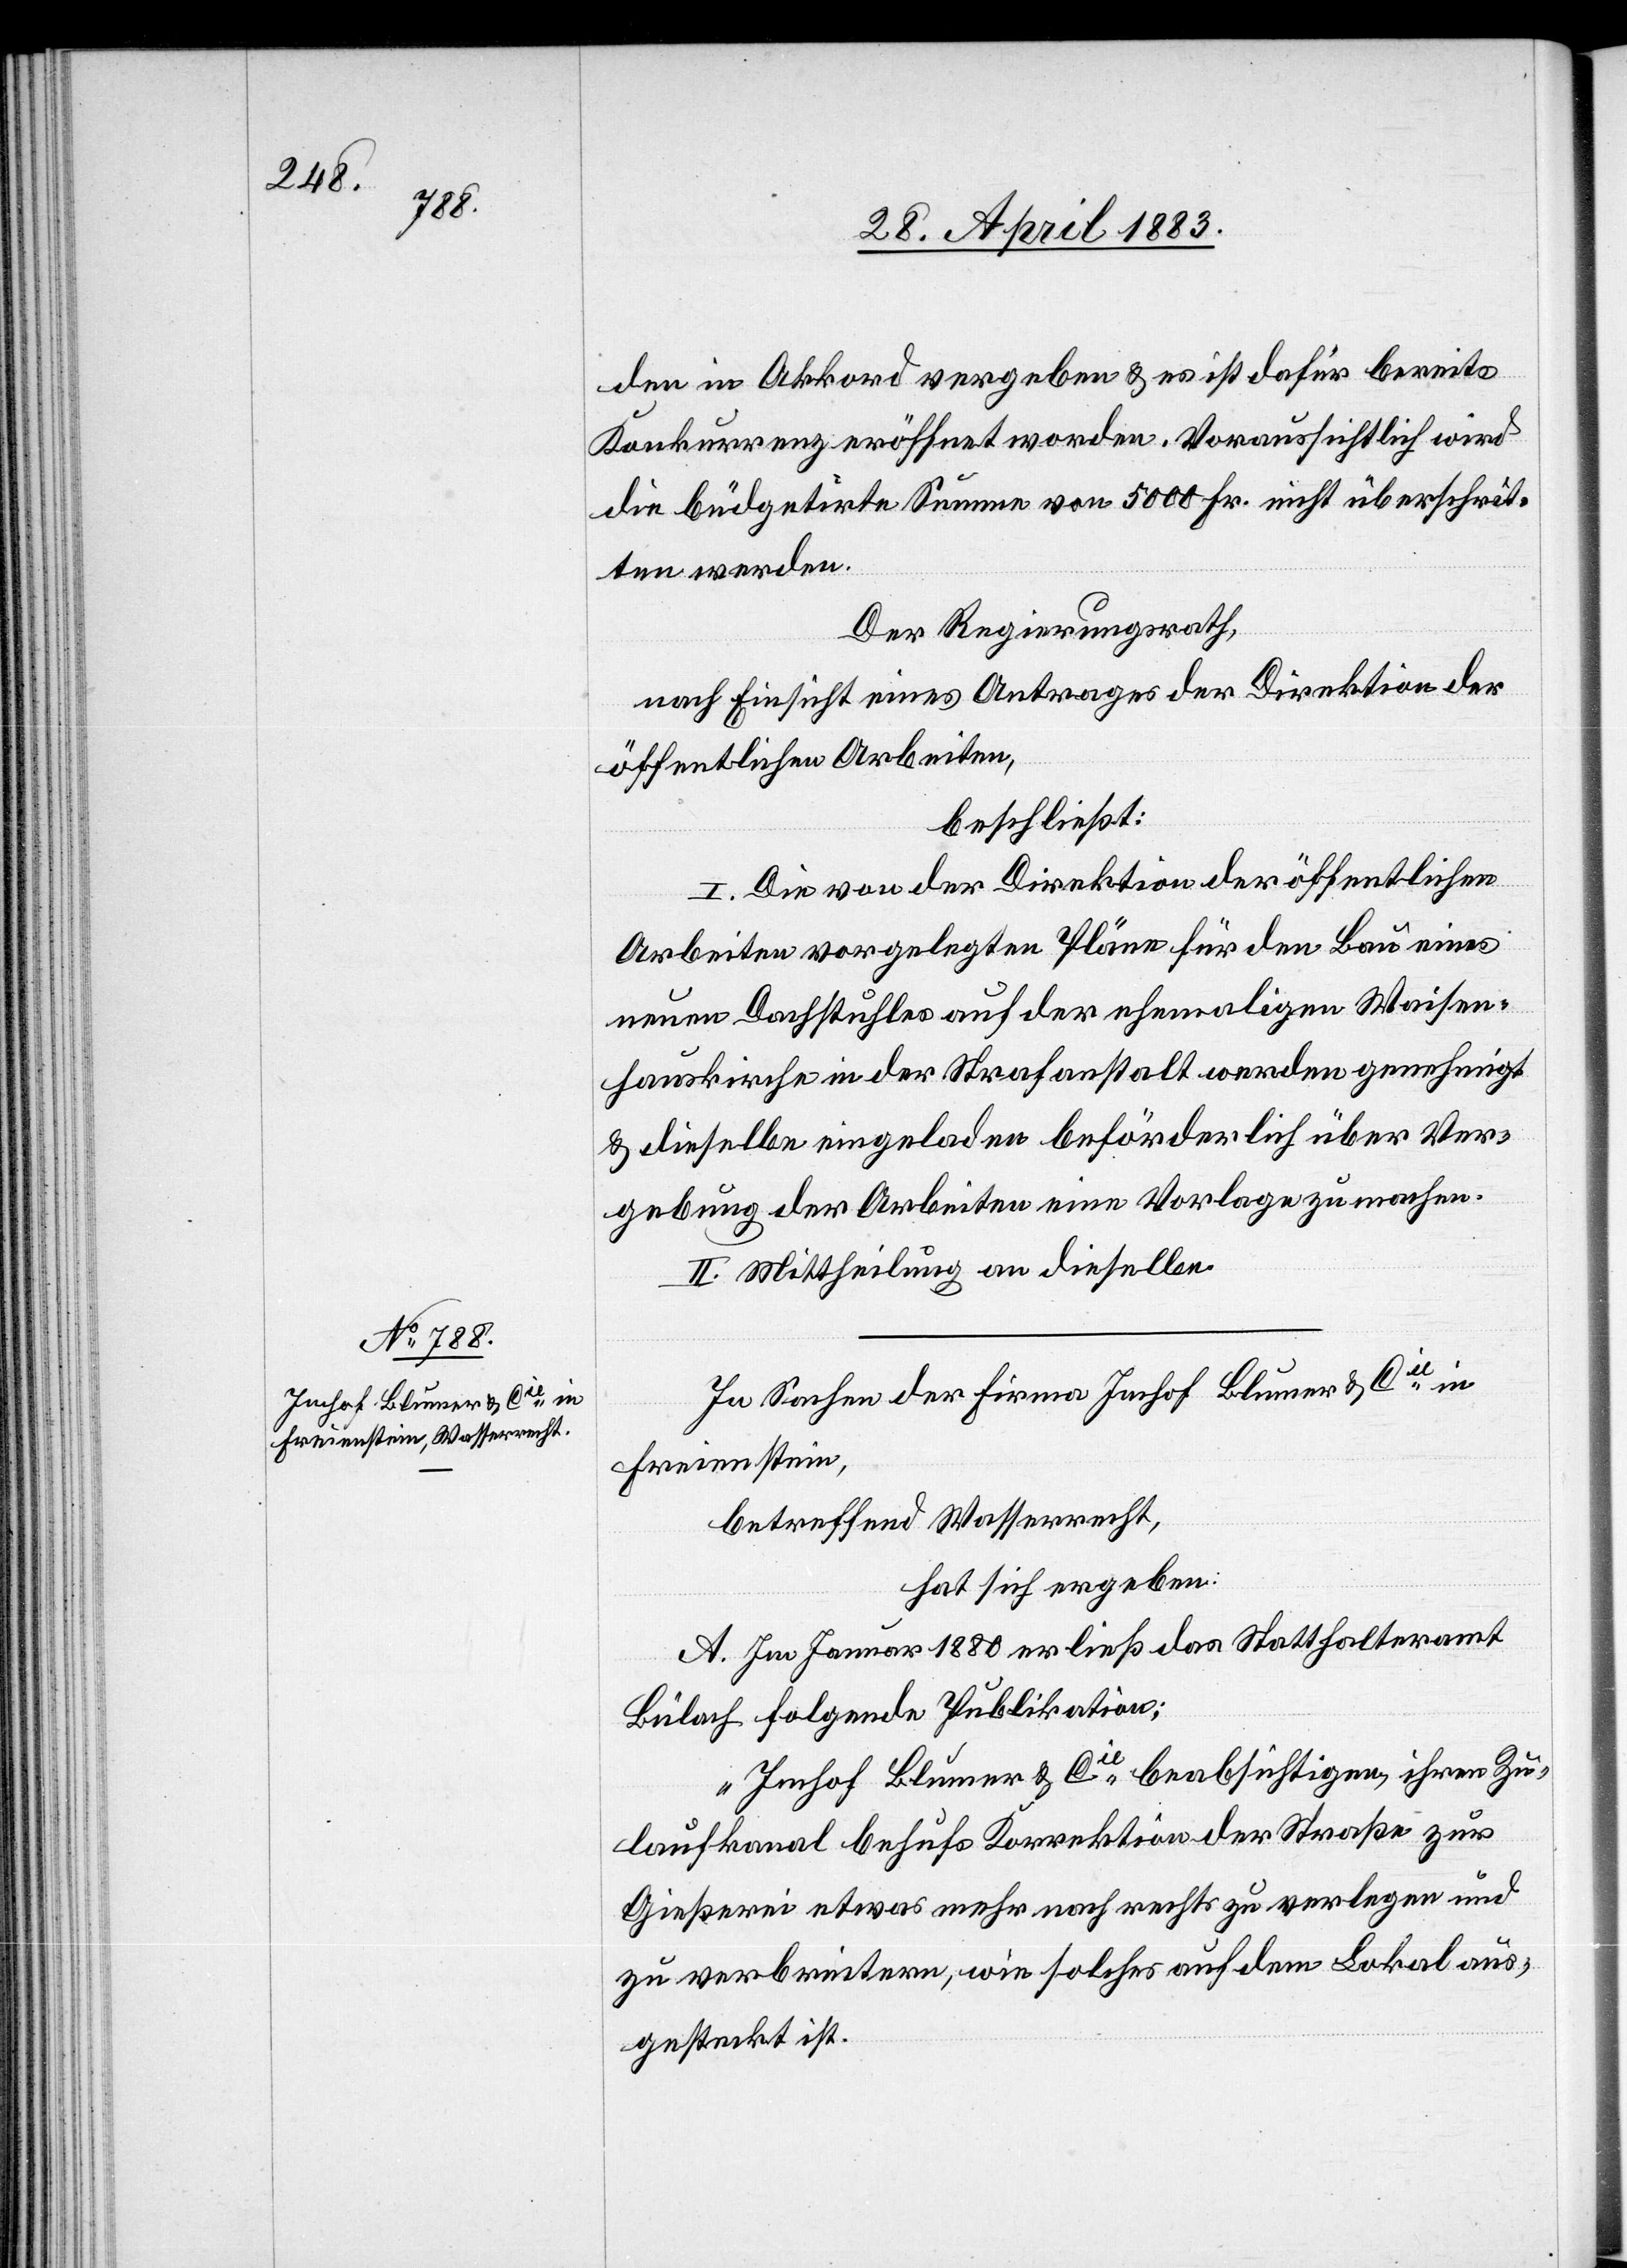
den in Akkord vergeben & es ist dafür bereits
Konkurrenz eröffnet worden. Voraussichtlich wird
die büdgetirte Summe von 5000 Fr. nicht überschrit¬
ten werden.
Der Regierungsrath,
nach Einsicht eines Antrages der Direktion der
öffentlichen Arbeiten,
beschließt:
I. Die von der Direktion der öffentlichen
Arbeiten vorgelegten Pläne für den Bau eines
neuen Dachstuhles auf der ehemaligen Waisen¬
hauskirche in der Strafanstalt werden genehmigt
& dieselbe eingeladen beförderlich über Ver¬
gebung der Arbeiten eine Vorlage zu machen.
II. Mittheilung an dieselbe.
In Sachen der Firma Imhof Blumer & Cie in
Freienstein,
betreffend Wasserrecht,
hat sich ergeben:
A. Im Januar 1880 ließ das Statthalteramt
Bülach folgende Publikation:
„Imhof Blumer & Cie beabsichtigen, ihren Zu¬
laufkanal behufs Korrektion der Straße zur
Gießerei etwas mehr nach rechts zu verlegen und
zu verbreitern, wie solches auf dem Lokal aus¬
gestreckt ist.